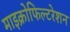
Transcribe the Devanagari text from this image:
माइक्रोफिल्टरेशन